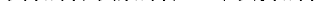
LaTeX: \smash{\psi_{1}(x_{i}),\psi_{2}(x_{i}),\ldots,\psi_{N}(x_{i})}